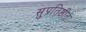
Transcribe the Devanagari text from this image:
सुप्रतिष्ठीत